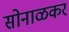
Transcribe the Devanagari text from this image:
सोनाळकर